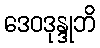
ဒေဝဒုန္ဒုဘိ